Lunatic asylums Punjab 1895-1910 - 1895-1910
Year: 1895
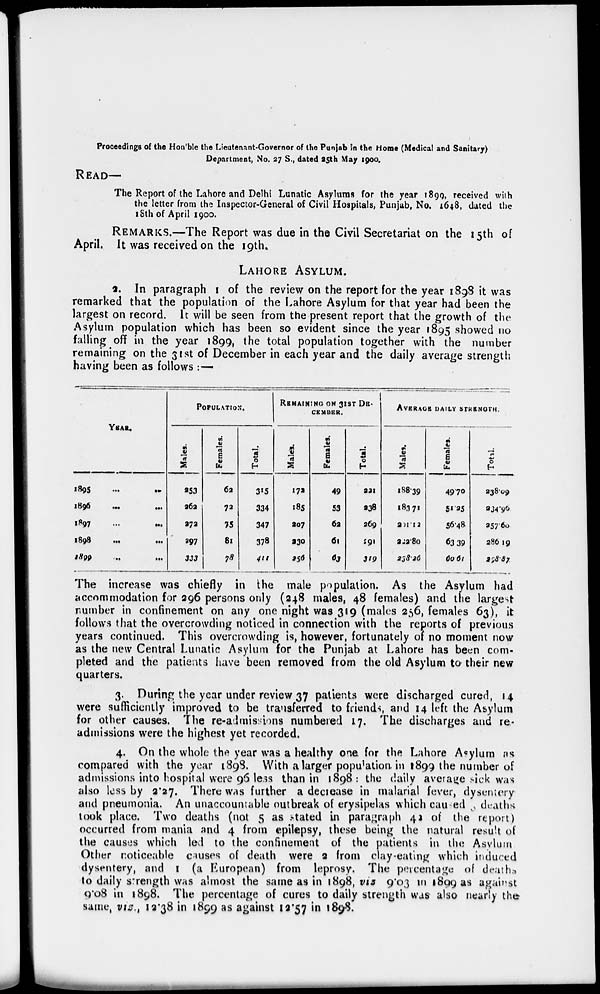
Proceedings of the Hon'ble the Lieutenant-Governor of the Punjab in the Home (Medical and Sanitary)
Department, No. 27 S., dated 25th May 1900.
READ—
The Report of the Lahore and Delhi Lunatic Asylums for the year 1899, received with
the letter from the Inspector-General of Civil Hospitals, Punjab, No. 1648, dated the
18th of April 1900.
REMARKS.—The Report was due in the Civil Secretariat on the 15th of
April. It was received on the 19th.
LAHORE ASYLUM.
2. In paragraph 1 of the review on the report for the year 1898 it was
remarked that the population of the Lahore Asylum for that year had been the
largest on record. It will be seen from the present report that the growth of the
Asylum population which has been so evident since the year 1895 showed no
falling off in the year 1899, the total population together with the number
remaining on the 31st of December in each year and the daily average strength
having been as follows : —
YEAR.
1895
...
...
1896
...
...
1897
...
...
1898
...
...
1899
...
...
POPULATION.
Males.
253
262
279
297
333
Females.
62
72
75
81
78
Total.
315
334
347
378
411
REMAINING ON 31ST DE-
CEMBER.
Males.
172
185
207
230
256
Females.
49
53
62
61
63
Total.
221
238
269
291
319
AVERAGE DAILY STRENGTH.
Males.
188.39
183.71
201.12
222.80
238.26
Females.
49.70
51.25
56.48
63.39
60.61
Total.
238.09
234.96
257.60
286.19
298.87
The increase was chiefly in the male population. As the Asylum had
accommodation for 296 persons only (248 males, 48 females) and the largest
number in confinement on any one night was 319 (males 256, females 63), it
follows that the overcrowding noticed in connection with the reports of previous
years continued. This overcrowding is, however, fortunately of no moment now
as the new Central Lunatic Asylum for the Punjab at Lahore has been com-
pleted and the patients have been removed from the old Asylum to their new
quarters.
3. During the year under review 37 patients were discharged cured, 14
were sufficiently improved to be transferred to friends, and 14 left the Asylum
for other causes. The re-admissions numbered 17. The discharges and re-
admissions were the highest yet recorded.
4. On the whole the year was a healthy one for the Lahore Asylum as
compared with the year 1898. With a larger population in 1899 the number of
admissions into hospital were 96 less than in 1898: the daily average sick was
also less by 2.27. There was further a decrease in malarial fever, dysentery
and pneumonia. An unaccountable outbreak of erysipelas which caused, deaths
took place. Two deaths (not 5 as stated in paragraph 43 of the report)
occurred from mania and 4 from epilepsy, these being the natural result of
the causes which led to the confinement of the patients in the Asylum
Other noticeable causes of death were 2 from clay-eating which induced
dysentery, and 1 (a European) from leprosy. The percentage of deaths
to daily strength was almost the same as in 1898, via 9.03 in 1899 as against
9.08 in 1898. The percentage of cures to daily strength was also nearly the
same, vis., 12.38 in 1899 as against 12.57 in 1898.